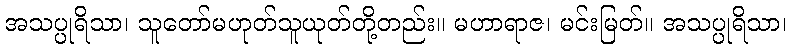
အသပ္ပုရိသာ၊ သူတော်မဟုတ်သူယုတ်တို့တည်း။ မဟာရာဇ၊ မင်းမြတ်။ အသပ္ပုရိသာ၊